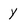
Character: y